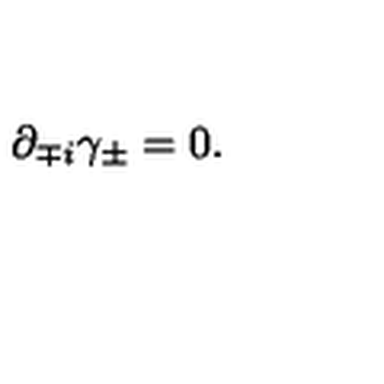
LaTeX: \partial _ { \mp i } \gamma _ { \pm } = 0 .